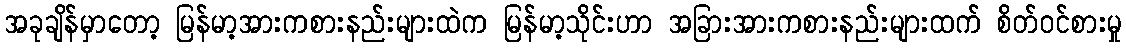
အခုချိန်မှာတော့ မြန်မာ့အားကစားနည်းများထဲက မြန်မာ့သိုင်းဟာ အခြားအားကစားနည်းများထက် စိတ်ဝင်စားမှု